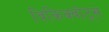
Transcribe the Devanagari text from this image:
विकिक्वोट्स